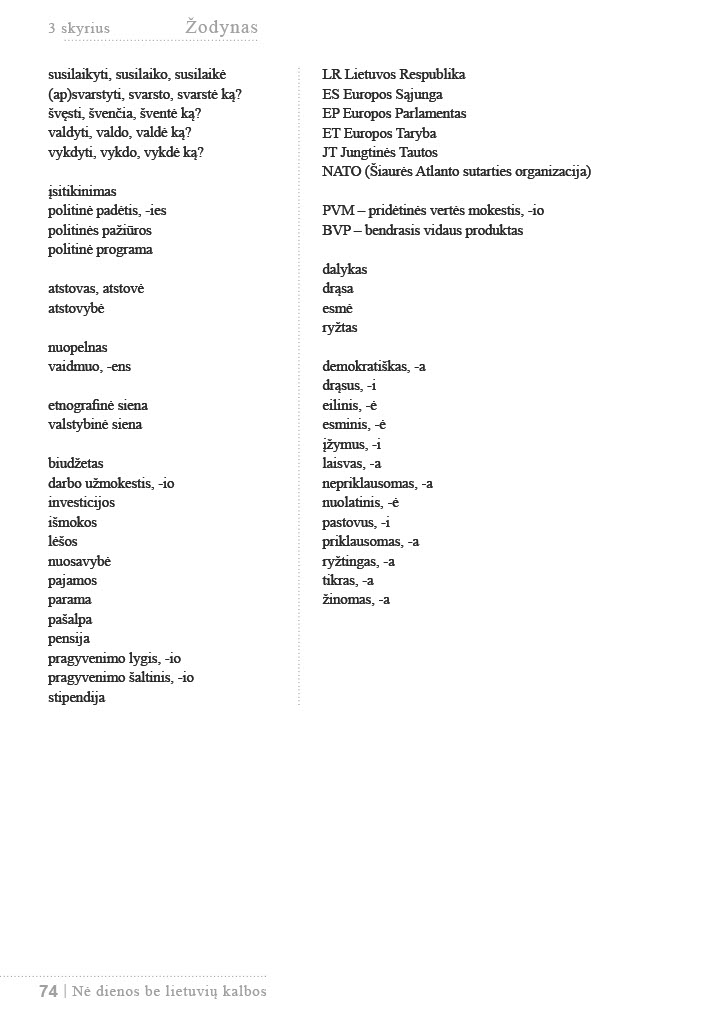
Language: lt